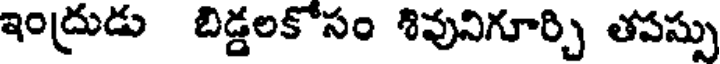
ఇంద్రుడు బిడ్డలకోసం శివునిగూర్చి తపస్సు